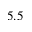
5 . 5